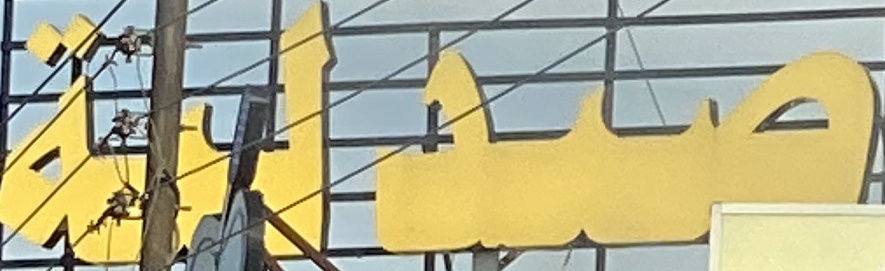
صیدلیة